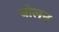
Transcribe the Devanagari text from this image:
धोलन